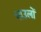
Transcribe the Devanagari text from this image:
चाउलों